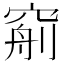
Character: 𥦧